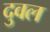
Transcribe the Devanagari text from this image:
दुवल